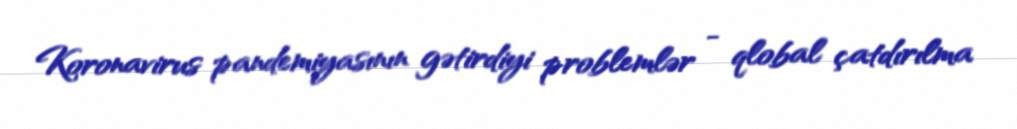
Koronavirus pandemiyasının gətirdiyi problemlər - qlobal çatdırılma